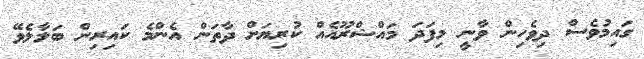
ގައިމުވެސް ދިވެހިން ވާނީ މިފަދަ މައްޝްރޫއެއް ކުރިޔަށް ދާތަން އެންމެ ކައިރިން ބަލާލެވޭ